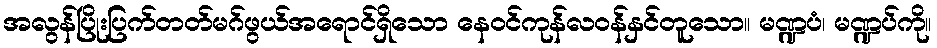
အလွန်ပြိုးပြက်တတ်မဂ်ဖွယ်အရောင်ရှိသော နေဝင်ကုန်လဝန်နှင်တူသော။ မဏ္ဍပံ၊ မဏ္ဍပ်ကို။